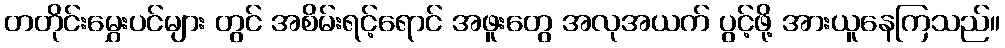
တတိုင်းမွှေးပင်များ တွင် အစိမ်းရင့်ရောင် အဖူးတွေ အလုအယက် ပွင့်ဖို့ အားယူနေကြသည်။